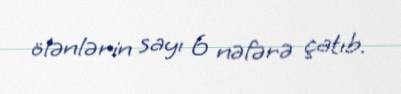
ölənlərin sayı 6 nəfərə çatıb.